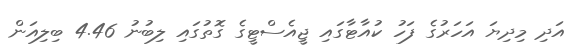
އަދި މިދިޔަ އަހަރުގެ ފަހު ކުއާޓާގައި ޖީއެސްޓީގެ ގޮތުގައި ލިބުނު 4.46 ބިލިއަން